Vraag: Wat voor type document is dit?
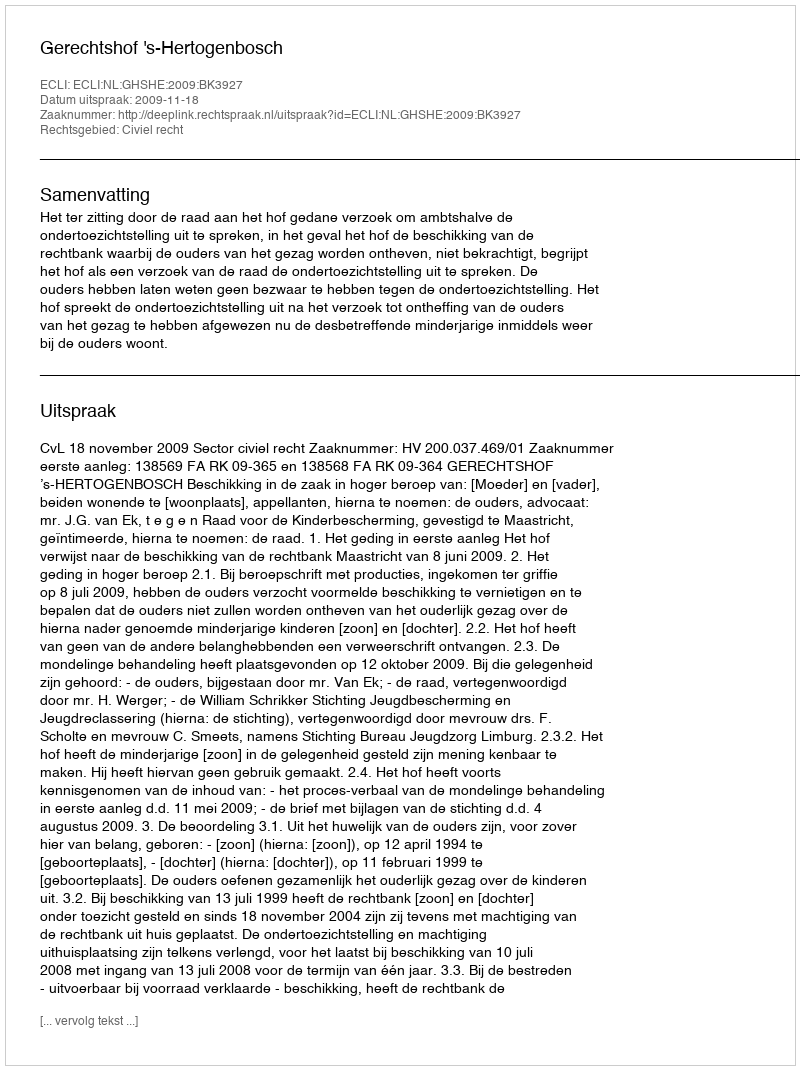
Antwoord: Uitspraak